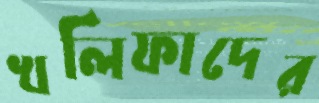
খলিফাদের